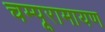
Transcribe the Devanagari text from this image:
चम्पूरामायण